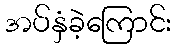
အပ်နှံခဲ့ကြောင်း